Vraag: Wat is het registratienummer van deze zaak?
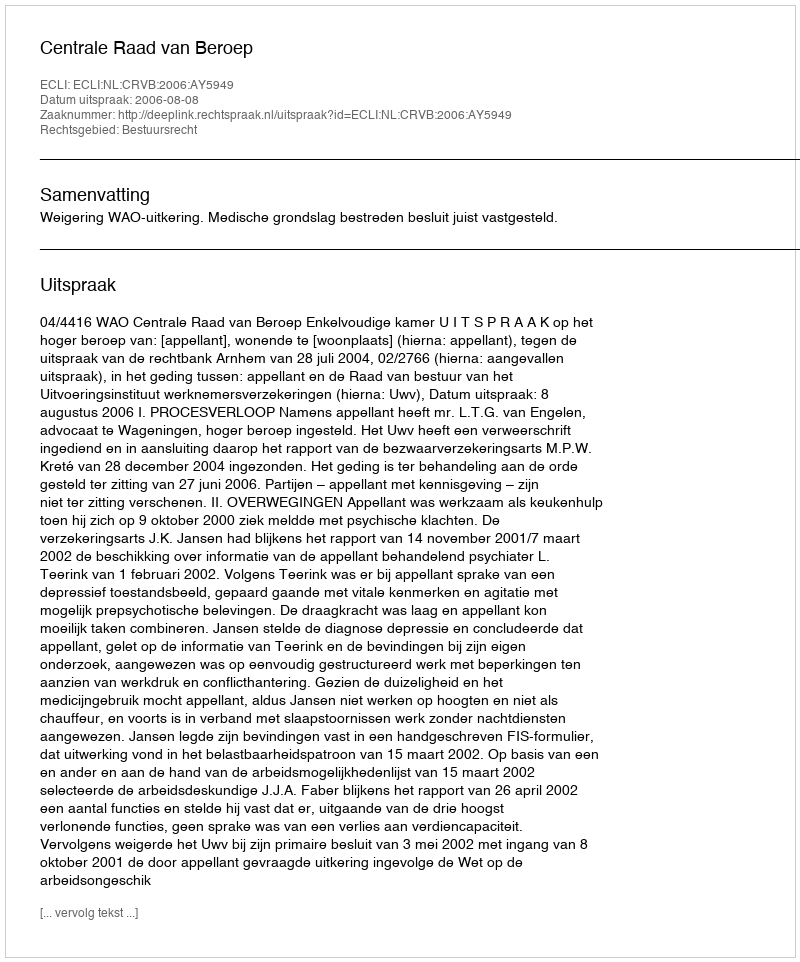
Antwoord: http://deeplink.rechtspraak.nl/uitspraak?id=ECLI:NL:CRVB:2006:AY5949